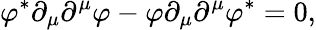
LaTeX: \varphi^{*}\partial_{\mu}\partial^{\mu}\varphi-\varphi\partial_{\mu}\partial^{\mu}\varphi^{*}=0,